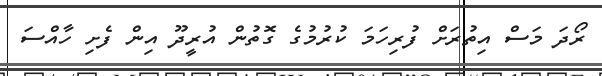
ރޯދަ މަސް އިތުރަށް ފުރިހަމަ ކުރުމުގެ ގޮތުން އުރީދޫ އިން ފެށި ހާއްސަ